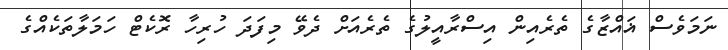
ނަމަވެސް ޣައްޒާގެ ތެރެއިން އިސްރާއީލުގެ ތެރެއަށް ދެވޭ މިފަދަ ހުރިހާ ރޮކެޓް ހަމަލާތަކެއްގެ